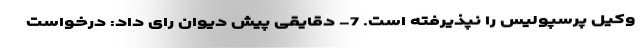
وکیل پرسپولیس را نپذیرفته است. 7- دقایقی پیش دیوان رای داد: درخواست